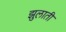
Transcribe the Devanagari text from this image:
झुलाती